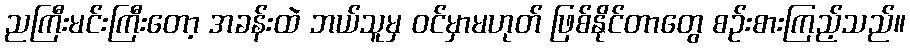
ညကြီးမင်းကြီးတော့ အခန်းထဲ ဘယ်သူမှ ဝင်မှာမဟုတ် ဖြစ်နိုင်တာတွေ စဉ်းစားကြည့်သည်။